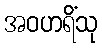
အဝဟရိံသု